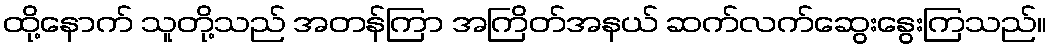
ထို့နောက် သူတို့သည် အတန်ကြာ အကြိတ်အနယ် ဆက်လက်ဆွေးနွေးကြသည်။